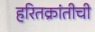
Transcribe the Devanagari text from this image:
हरितक्रांतीची